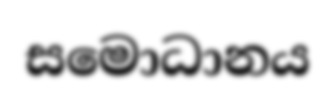
සමොධානය